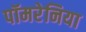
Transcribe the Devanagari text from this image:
पॉमरेनिया